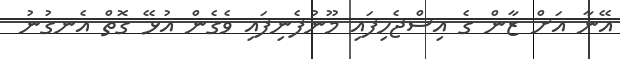
އޭނާ އަށް ޒާން ގެ އިސްޖެހިފައި މޫނުފެނިފައި ވެގެން އުޅޭ ގޮތް އެނގުނު